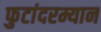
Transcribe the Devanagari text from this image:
फुटांदरम्यान